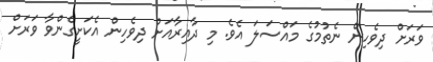
ވަރަށް ދިވެހިން ނެތުމުގެ މައްސަލަ އެވެ. މި ދާއިރާއަށް ދިވެހިން އެކަށީގެންވާ ވަރަށް